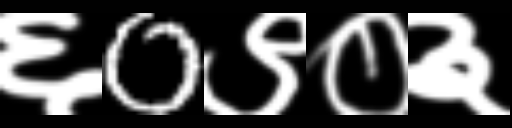
Text: ६0९०३